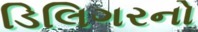
ડિલિગરનો